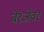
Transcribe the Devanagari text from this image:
बेरजेवर